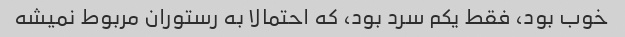
خوب بود، فقط یکم سرد بود، که احتمالا به رستوران مربوط نمیشه